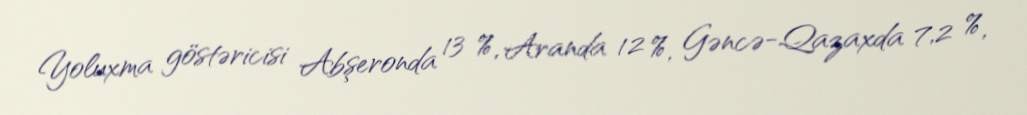
Yoluxma göstəricisi Abşeronda 13 %, Aranda 12 %, Gəncə-Qazaxda 7,2 %,